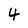
Character: 4